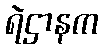
ရဲဌာနက